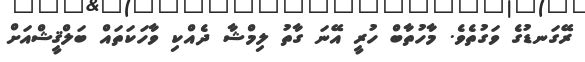
ރޭގަނޑުގެ ވަގުތެވެ. މާހުތާބް ހުރީ އޭނަ ގާތު ލިމްޝާ ދެއްކި ވާހަކަތައް ބަލްޤީޝްއަށް